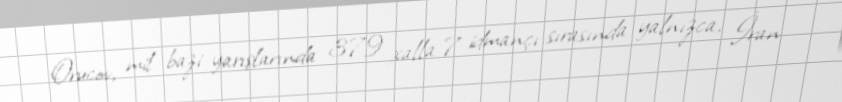
Orucov, mil bazi yarışlarında 379 xalla 7 idmançı sırasında yalnızca, İran